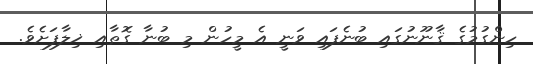
ހިންގުމުގެ ޤާނޫނުގައި ބުނެފައި ވަނީ އެ މީހުން މި ބުނާ ގޮތާއި ޚިލާފަށެވެ.